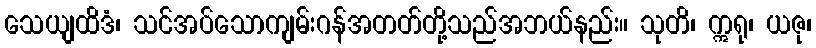
သေယျထိဒံ၊ သင်အပ်သောကျမ်းဂန်အတတ်တို့သည်အဘယ်နည်း။ သုတိ၊ ဣရု၊ ယဇု၊